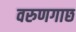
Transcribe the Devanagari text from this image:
वरुणगाछ